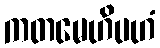
ကတမေဟိပဟံ